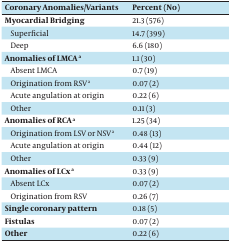
| Coronary Anomalies/Variants | Percent (No) |
 | --- | --- |
 | Myocardial Bridging | 21.3 (576) |
 | Superficial | 14.7 (399) |
 | Deep | 6.6 (180) |
 | Anomalies of LMCA a | 1.1 (30) |
 | Absent LMCA | 0.7 (19) |
 | Origination from RSVa | 0.07 (2) |
 | Acute angulation at origin | 0.22 (6) |
 | Other | 0.11 (3) |
 | Anomalies of RCA a | 1.25 (34) |
 | Origination from LSV or NSV a | 0.48 (13) |
 | Acute angulation at origin | 0.44 (12) |
 | Other | 0.33 (9) |
 | Anomalies of LCX a | 0.33 (9) |
 | Absent LCx | 0.07 (2) |
 | Origination from RSV | 0.26 (7) |
 | Single Coronary Pattern | 0.18 (5) |
 | Fistulas | 0.07 (2) |
 | Other | 0.22 (6) |